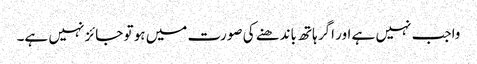
واجب نہیں ہے اور اگر ہاتھ باندھنے کی صورت میں ہو تو جائز نہیں ہے۔